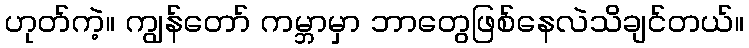
ဟုတ်ကဲ့။ ကျွန်တော် ကမ္ဘာမှာ ဘာတွေဖြစ်နေလဲသိချင်တယ်။